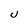
Character: U